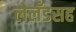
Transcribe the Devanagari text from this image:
लेलँडसह